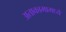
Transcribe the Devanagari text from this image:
अताकामामध्ये